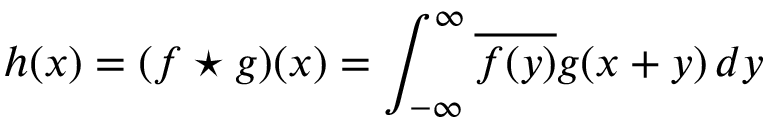
h ( x ) = ( f \star g ) ( x ) = \int _ { - \infty } ^ { \infty } { \overline { { f ( y ) } } } g ( x + y ) \, d y